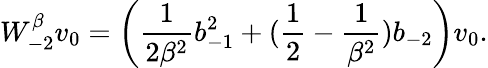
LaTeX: W_{-2}^{\beta}v_{0}=\left(\frac{1}{2\beta^{2}}b_{-1}^{2}+(\frac{1}{2}-\frac{1}{\beta^{2}})b_{-2}\right)v_{0}.